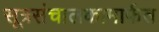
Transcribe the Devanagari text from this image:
सूत्रसंचालकामार्फत